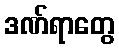
ဒဏ်ရာတွေ